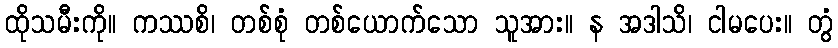
ထိုသမီးကို။ ကဿစိ၊ တစ်စုံ တစ်ယောက်သော သူအား။ န အဒါသိ၊ ငါမပေး။ တွံ